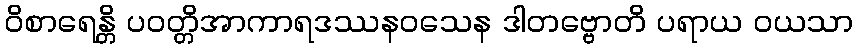
ဝိစာရေန္တိ ပဝတ္တိအာကာရဒဿနဝသေန ဒါတဗ္ဗောတိ ပရာယ ဝယသာ